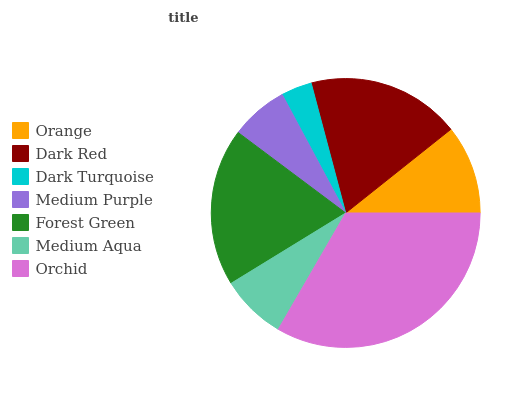
| Orange | Dark Red | Dark Turquoise | Medium Purple | Forest Green | Medium Aqua | Orchid |
 | --- | --- | --- | --- | --- | --- | --- |
 | 10.7% | 18.5% | 3.71% | 6.94% | 18.9% | 7.87% | 33.4% |